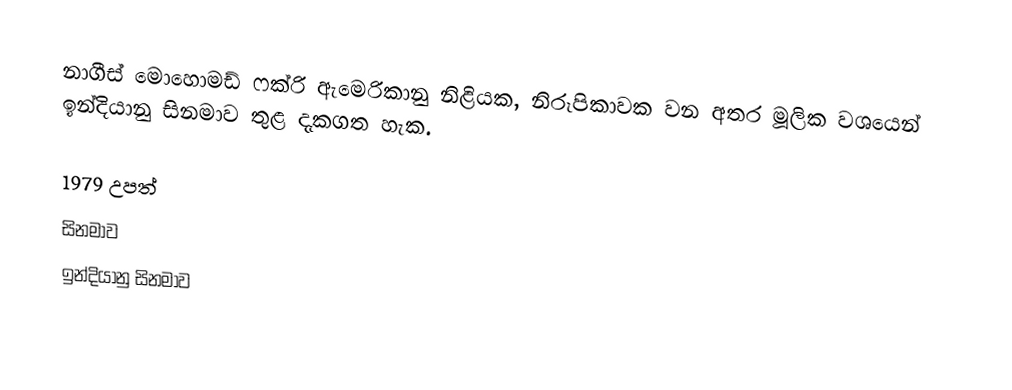
නාගීස් මොහොමඩ් ෆක්රි ඇමෙරිකානු නිළියක, නිරූපිකාවක වන අතර මූලික වශයෙන් ඉන්දියානු සිනමාව තුළ දැකගත හැක.

1979 උපත්
සිනමාව
ඉන්දියානු සිනමාව